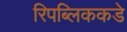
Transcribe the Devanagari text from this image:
रिपब्लिककडे